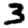
Digit: 3